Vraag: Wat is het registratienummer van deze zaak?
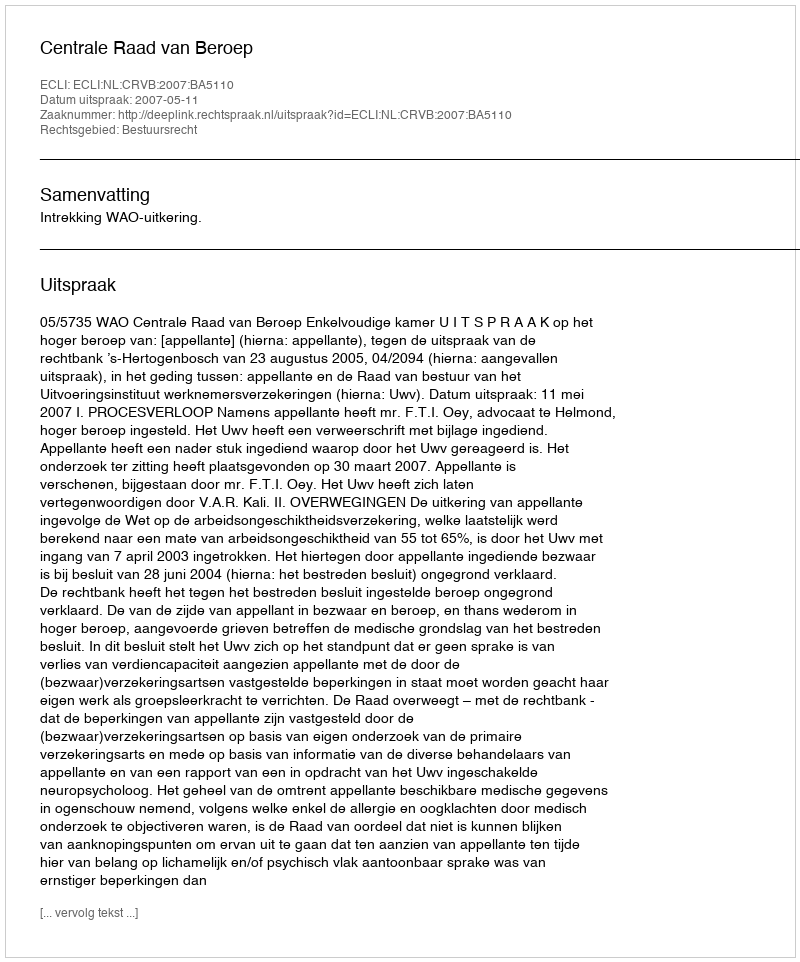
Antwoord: http://deeplink.rechtspraak.nl/uitspraak?id=ECLI:NL:CRVB:2007:BA5110